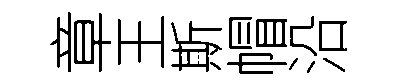
章王斯帽沿